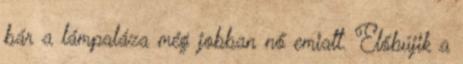
bár a lámpaláza még jobban nő emiatt. Előbújik a